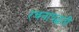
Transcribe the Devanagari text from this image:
रचनापद्धती